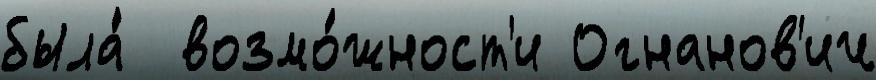
была́  возмо́жност'и Огнанов'ич